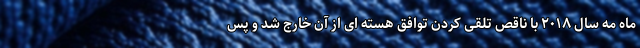
ماه مه سال ۲۰۱۸ با ناقص تلقی کردن توافق هسته ای از آن خارج شد و پس